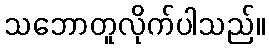
သဘောတူလိုက်ပါသည်။